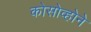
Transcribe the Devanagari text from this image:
कोसोव्होने